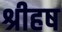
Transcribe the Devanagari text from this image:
श्रीहष